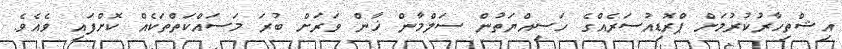
އިޝްތިހާރުކުރުމަށް ޕްރޮޑިއުސަރެއްގެ ހަސިއްޔަތުން ސަލްމާން ޚާން ވަރަށް ބުރަ މަސައްކަތްތަކެއް ކޮށްފައި ވެއެވެ.